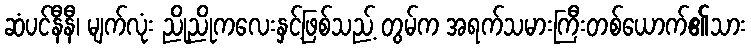
ဆံပင်နီနီ၊ မျက်လုံး ညိုညိုကလေးနှင့်ဖြစ်သည့် တွမ်က အရက်သမားကြီးတစ်ယောက်၏သား